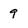
Character: 9